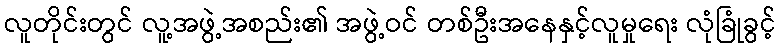
လူတိုင်းတွင် လူ့အဖွဲ့အစည်း၏ အဖွဲ့ဝင် တစ်ဦးအနေနှင့်လူမှုရေး လုံခြုံခွင့်